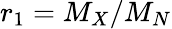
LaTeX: r_{1}=M_{X}/M_{N}